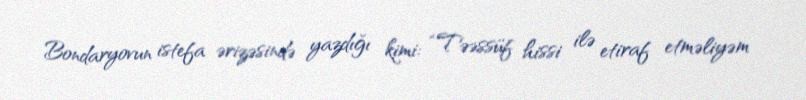
Bondaryovun istefa ərizəsində yazdığı kimi: “Təəssüf hissi ilə etiraf etməliyəm